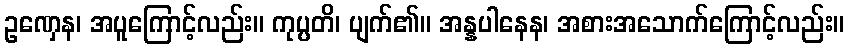
ဥဏှေန၊ အပူကြောင့်လည်း။ ကုပ္ပတိ၊ ပျက်၏။ အန္နပါနေန၊ အစားအသောက်ကြောင့်လည်း။